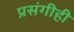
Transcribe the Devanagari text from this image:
प्रसंगीही